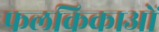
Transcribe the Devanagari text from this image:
फलकिकाओं